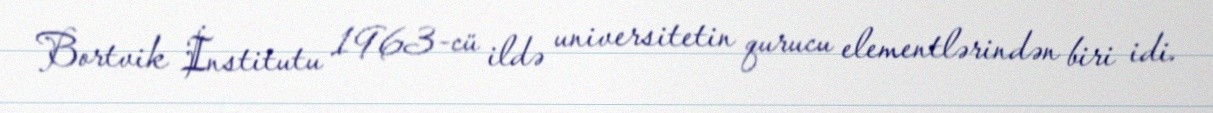
Bortvik İnstitutu 1963-cü ildə universitetin qurucu elementlərindən biri idi.